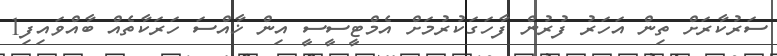
ސަރުކާރަށް ތިން އަހަރު ފުރުން ފާހަގަކުރުމަށް އެމްޓީސީސީ އިން ޚާއްސަ ހަރަކާތެއް ބާއްވައިފި1